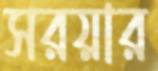
সরয়ার